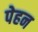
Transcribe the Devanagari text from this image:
पेहन